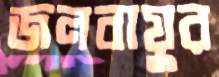
জলবায়ুর